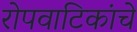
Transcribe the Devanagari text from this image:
रोपवाटिकांचे